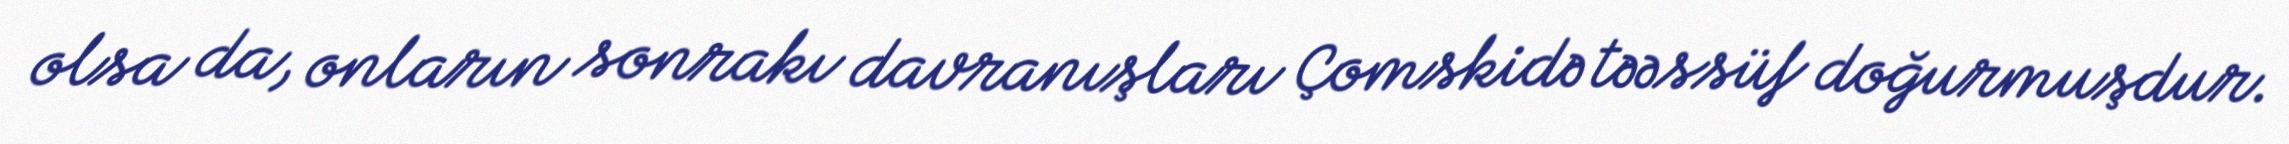
olsa da, onların sonrakı davranışları Çomskidə təəssüf doğurmuşdur.